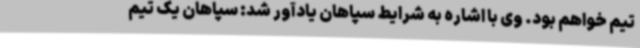
تیم خواهم بود. وی با اشاره به شرایط سپاهان یادآور شد: سپاهان یک تیم